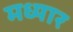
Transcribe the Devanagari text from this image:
मध्यार